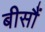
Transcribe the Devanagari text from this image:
बीसौं